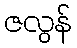
ဇလွန်